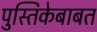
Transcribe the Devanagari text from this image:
पुस्तिकेबाबत